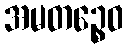
အမတဉ္စေဝ